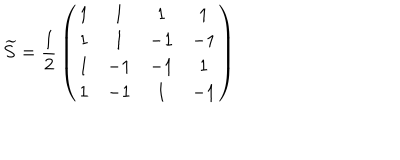
\widetilde { S } = { \frac { 1 } { 2 } } \left( \begin{matrix} { { 1 } } & { { 1 } } & { { 1 } } & { { 1 } } \\ { { 1 } } & { { 1 } } & { { - 1 } } & { { - 1 } } \\ { { 1 } } & { { - 1 } } & { { - 1 } } & { { 1 } } \\ { { 1 } } & { { - 1 } } & { { 1 } } & { { - 1 } } \\ \end{matrix} \right)